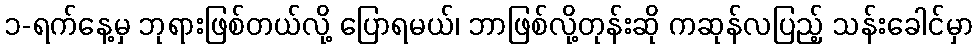
၁-ရက်နေ့မှ ဘုရားဖြစ်တယ်လို့ ပြောရမယ်၊ ဘာဖြစ်လို့တုန်းဆို ကဆုန်လပြည့် သန်းခေါင်မှာ